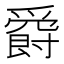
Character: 𤔸